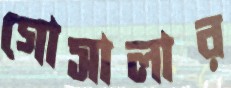
গোসালার